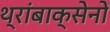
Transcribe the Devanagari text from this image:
थ्रांबाक्सेनों